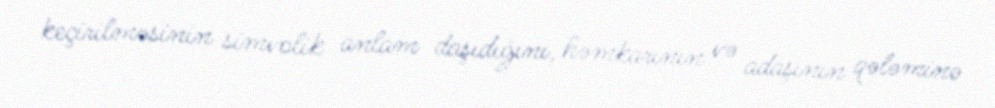
keçirilməsinin simvolik anlam daşıdığını, həmkarının və adaşının qələminə